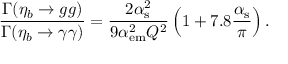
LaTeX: \frac { \Gamma ( \eta _ { b } \to g g ) } { \Gamma ( \eta _ { b } \to \gamma \gamma ) } = \frac { 2 \alpha _ { \mathrm { s } } ^ { 2 } } { 9 \alpha _ { \mathrm { e m } } ^ { 2 } Q ^ { 2 } } \left( 1 + 7 . 8 \frac { \alpha _ { \mathrm { s } } } { \pi } \right) .